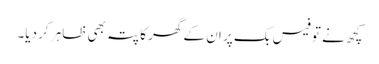
کچھ نے تو فیس بک پر ان کے گھر کا پتہ بھی ظاہر کر دیا۔